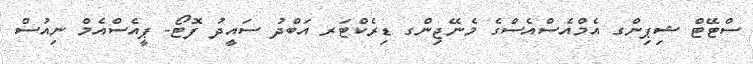
ސްޓޭޓް ޝިޕިންގ އެމްއެސްއެސްގެ މެނޭޖިންގ ޑިރެކްޓަރ އަބްދު ސައީދު ފޮޓޯ- ޕީއެސްއެމް ނިއުސް